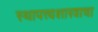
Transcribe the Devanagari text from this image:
स्थापत्त्यशास्त्राचा